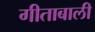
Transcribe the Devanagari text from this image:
गीताबाली